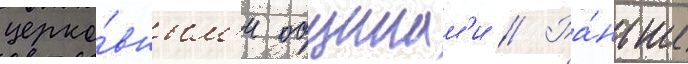
церко́вным'и общинам'и // Ра́ньше